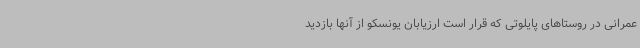
عمرانی در روستاهای پایلوتی که قرار است ارزیابان یونسکو از آنها بازدید